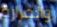
والحرارة